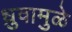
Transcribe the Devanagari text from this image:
ध्रुवामुळे